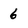
Character: 6